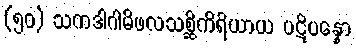
(၅၀) သကဒါဂါမိဖလသစ္ဆိကိရိယာယ ပဋိပန္နော